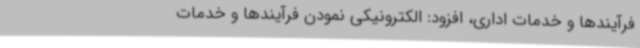
فرآیندها و خدمات اداری، افزود: الکترونیکی نمودن فرآیندها و خدمات